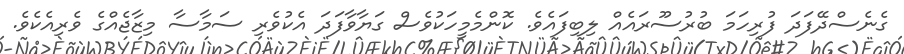
ގެނެސްދޭފަދަ ފުރިހަމަ ބުރުސޫރައެއް ލިބިފައެވެ. ކޮންމެމީހަކުވެސް ގަޔާވާފަދަ އެކުވެރި ސަމާސާ މިޒާޖެއްގެ ވެރިއެކެވެ.